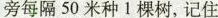
旁每隔50米种1棵树，记住